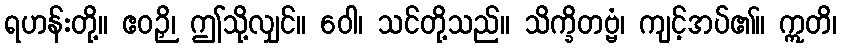
ရဟန်းတို့။ ဧဝဉှိ၊ ဤသို့လျှင်။ ဝေါ၊ သင်တို့သည်။ သိက္ခိတဗ္ဗံ၊ ကျင့်အပ်၏။ ဣတိ၊